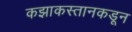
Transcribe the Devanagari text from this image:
कझाकस्तानकडून